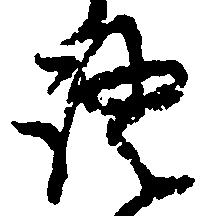
証